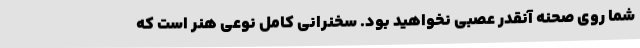
شما روی صحنه آنقدر عصبی نخواهید بود. سخنرانی کامل نوعی هنر است که